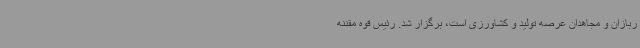
ربازان و مجاهدان عرصه تولید و کشاورزی است، برگزار شد. رئیس قوه مقننه